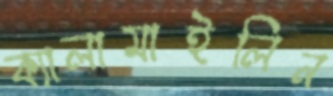
ক্যালামাইলিন